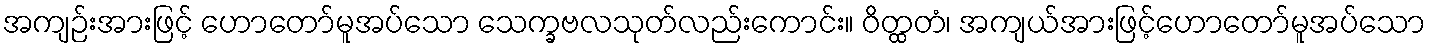
အကျဉ်းအားဖြင့် ဟောတော်မူအပ်သော သေက္ခဗလသုတ်လည်းကောင်း။ ဝိတ္ထတံ၊ အကျယ်အားဖြင့်ဟောတော်မူအပ်သော